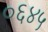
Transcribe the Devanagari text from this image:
०६४५